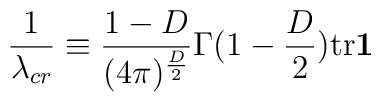
\frac{1}{\lambda_{cr}}\equiv \frac{1-D}{(4\pi)^{\frac{D}{2}}}  \Gamma(1-\frac{D}{2})\mbox{tr}\mbox{\boldmath$1$}